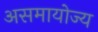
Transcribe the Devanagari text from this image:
असमायोज्य